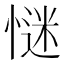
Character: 𢞞